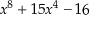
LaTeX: x ^ { 8 } + 1 5 x ^ { 4 } - 1 6